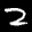
Label: 2